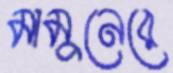
মামুনেরে